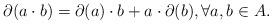
LaTeX: \begin{align*} \partial(a \cdot b) = \partial(a) \cdot b + a \cdot \partial(b), \forall a, b \in A. \end{align*}